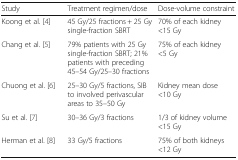
<table><thead><tr><td><b>Study</b></td><td><b>Treatment regimen/dose</b></td><td><b>Dose-volume constraint</b></td></tr></thead><tbody><tr><td>Koong et al. [4]</td><td>45 Gy/25 fractions + 25 Gy single-fraction SBRT</td><td>70% of each kidney &lt;15 Gy</td></tr><tr><td>Chang et al. [5]</td><td>79% patients with 25 Gy single-fraction SBRT; 21% patients with preceding 45–54 Gy/25–30 fractions</td><td>75% of each kidney &lt;5 Gy</td></tr><tr><td>Chuong et al. [6]</td><td>25–30 Gy/5 fractions, SIB to involved perivascular areas to 35–50 Gy</td><td>Kidney mean dose &lt;10 Gy</td></tr><tr><td>Su et al. [7]</td><td>30–36 Gy/3 fractions</td><td>1/3 of kidney volume &lt;15 Gy</td></tr><tr><td>Herman et al. [8]</td><td>33 Gy/5 fractions</td><td>75% of both kidneys &lt;12 Gy</td></tr></tbody></table>